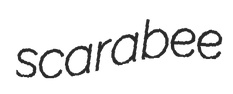
scarabee